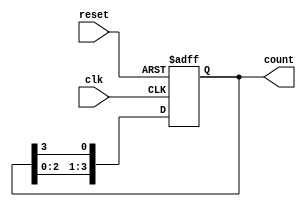
module ring_counter (
    input wire clk,            // Clock input
    input wire reset,          // Asynchronous reset input
    output reg [n-1:0] count   // n-bit output for the ring counter
);
    parameter n = 4;           // Number of bits in the ring counter

    // Initial state
    initial begin
        count = 1'b1;          // Start with the first flip-flop set to '1'
    end

    // Always block for synchronous operation
    always @(posedge clk or posedge reset) begin
        if (reset) begin
            count <= 1'b1;     // Reset the counter to '0001'
        end else begin
            // Shift the '1' to the left and wrap around
            count <= {count[n-2:0], count[n-1]};
        end
    end
endmodule